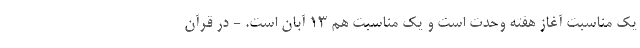
یک مناسبت آغاز هفته وحدت است و یک مناسبت هم 13 آبان است. - در قرآن